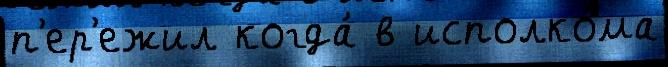
п'ер'ежил когда́ в исполко́ма